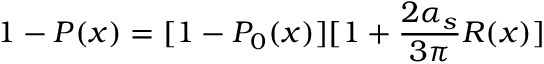
1 - P ( x ) = [ 1 - P _ { 0 } ( x ) ] [ 1 + { \frac { 2 \alpha _ { s } } { 3 \pi } } R ( x ) ]